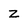
Character: Z